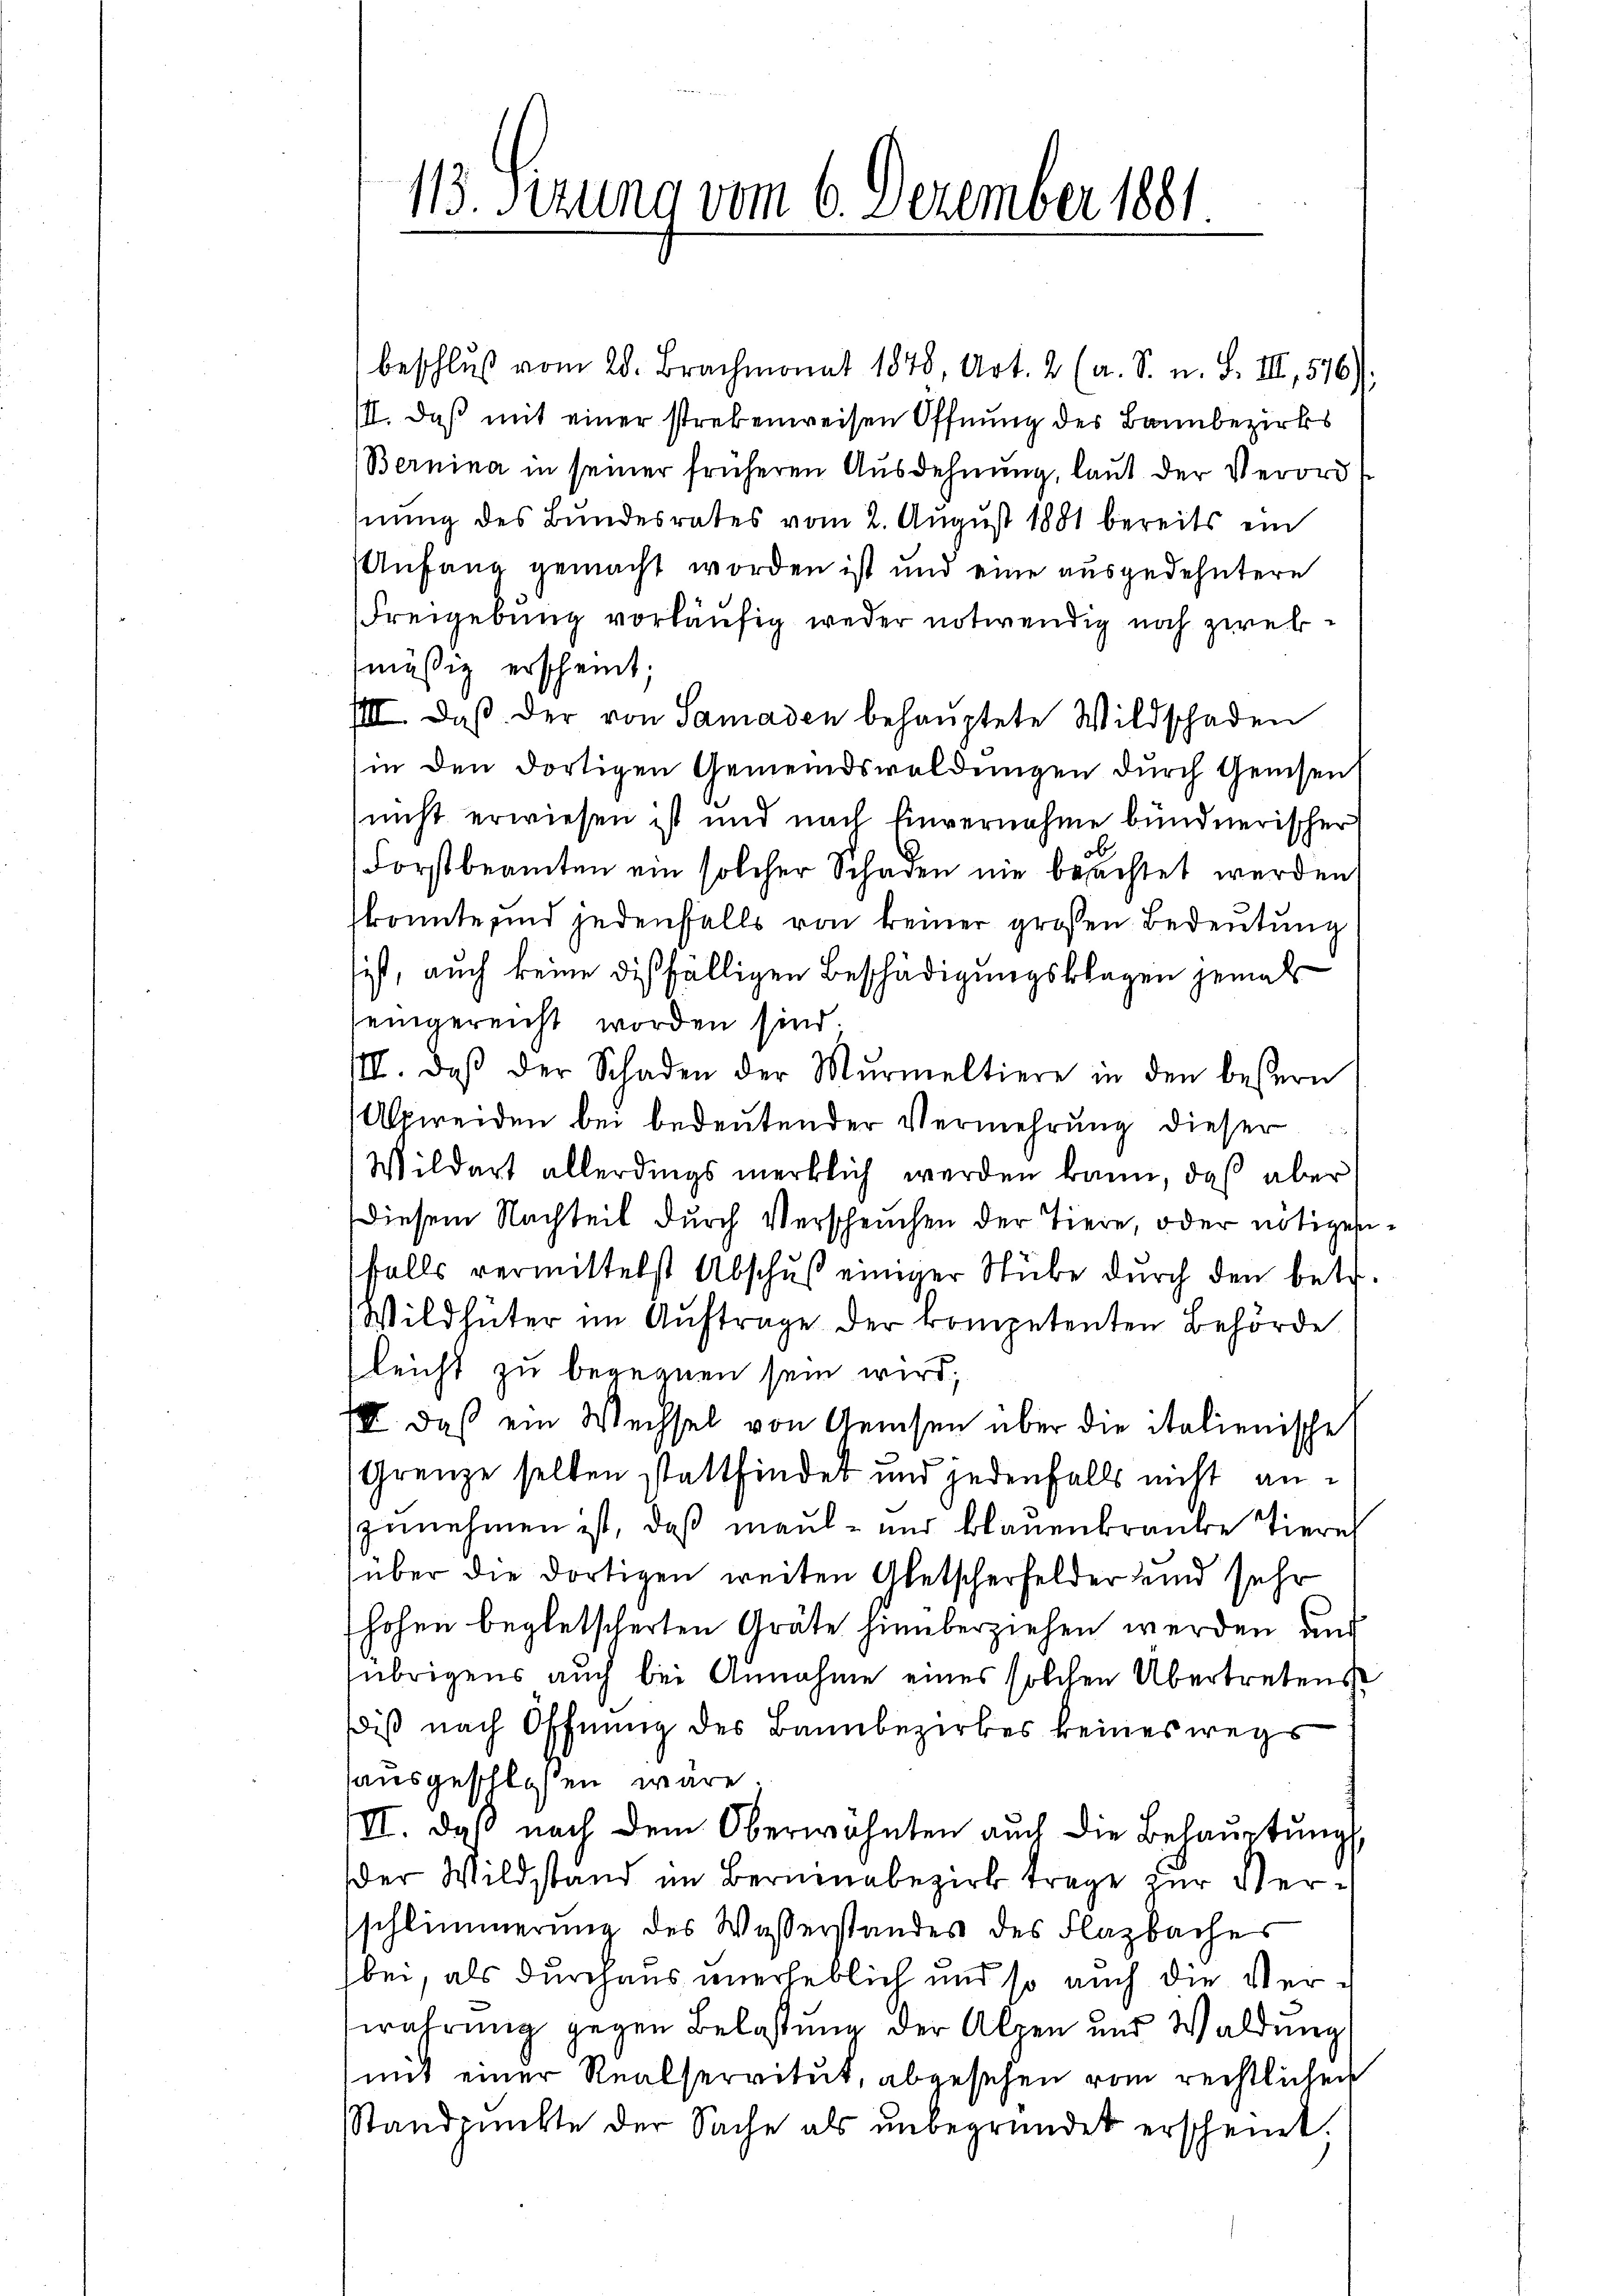
113. Sizung vom 6. Dezember 1881

beschlŭβ vom 28. Brachmonat 1878, Art. 2 (a. S. n. F. III, 576);
III. Daß mit einer strebenweisen Öffnung des Bannbezirks
Bernina in seiner früheren Ausdehnung, laut der Verordhnŭng des Bundesrates vom 2. Aŭgŭst 1881 bereits ein
Anfang gemacht worden ist und eine ausgedehntere
Freigebung vorläufig weder notwendig noch zwek
mäßig erscheint;
IIII. daβ der von Samaden behauptete Wildschaden
in den dortigen Gemeindswaldungen dŭrch Gewesen
nicht erwiesen ist und nach Einvernahme bündnerischer
Forstbeamten ein solcher Schaden nie beachtet werden,
konnte und jedenfalls von keiner grossen Bedeutung
sist, auch keine dießfälligen Beschädigungsklagen jemals
eingereicht worden sind.
IIII. daβ der Schaden der Murmeltiere in den bessern
Alpweiden bei bedeutender Vermehrung dieser
Wildert allerdings merklich werden kann, daß aber
Diesem Nachteil durch Verscheuchen der Tiere, oder nötigen
falls vermittelst Abschŭβ einiger Stube dŭrch den betr.
Wildhüter im Auftrage der rompetenten Behörde
Gleicht zu begegnen sein wird;
III. Daß ein Wechsel von Gewesen über die italienische
Grenze selben stattfindet und jedenfalls nicht anzunehmen ist, daß maul- und blauenkranke Tiere
über die dortigen weiten Aletscherfelder und sehr
hohen begletscherten Gräte hinüberziehen werden und
übrigens auch bei Annahme eines solchen Übertretenswiß nach Öffnung des Bannbezirkes keineswegs
ausgeschlossen wäre.
II. Daß nach dem Oberwohnten auch die Behaŭptŭngs
Der Wildstand im Berninabezirk trage zur Verschlimmerung des Wasserstandes des Flazbaches
bei, als durchaus unerheblich und so auch die Verwahrung gegen Belastung der Alpen und Waldung
mit einer Realservitut, abgesehen vom rechtlichen
Standpunkte der Sache als unbegründet erscheint.